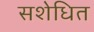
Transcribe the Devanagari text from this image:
सशेधित